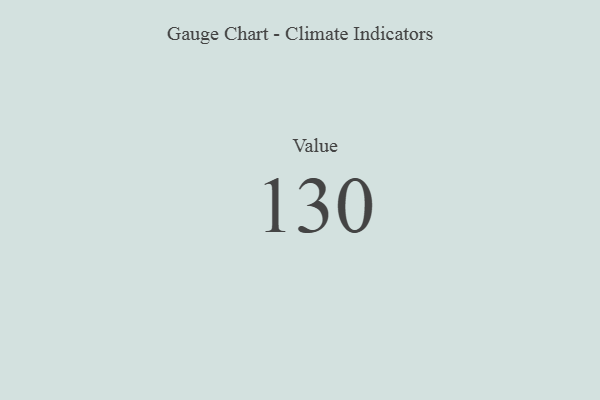
{"axis": {"x": "Metric", "y": "Value"}, "legend": [""], "data": [{"x": "Value", "y": 130, "type": ""}]}